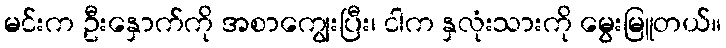
မင်းက ဦးနှောက်ကို အစာကျွေးပြီး၊ ငါက နှလုံးသားကို မွေးမြူတယ်။